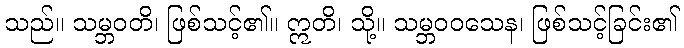
သည်။ သမ္ဘဝတိ၊ ဖြစ်သင့်၏။ ဣတိ၊ သို့။ သမ္ဘဝဝသေန၊ ဖြစ်သင့်ခြင်း၏